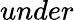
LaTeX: under